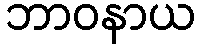
ဘာဝနာယ